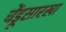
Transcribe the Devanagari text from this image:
चेंडूसारखा